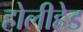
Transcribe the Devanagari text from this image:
होलीहेड